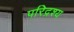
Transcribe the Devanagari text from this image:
परिद्रश्य